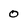
Character: 0